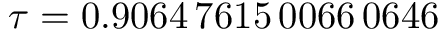
\tau = 0 . 9 0 6 4 \, 7 6 1 5 \, 0 0 6 6 \, 0 6 4 6